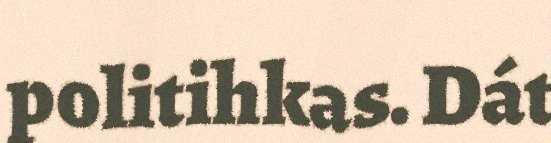
politihkas. Dát